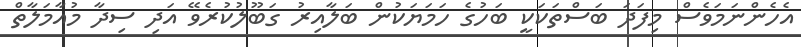
އެހެންނަމަވެސް މިފަދަ ބަސްތަކަކީ ބަހުގެ ހަމަޔަކުން ބަލާއިރު ގަބޫލުކުރެވޭ އަދި ސިދާ މުއާމަލާތް